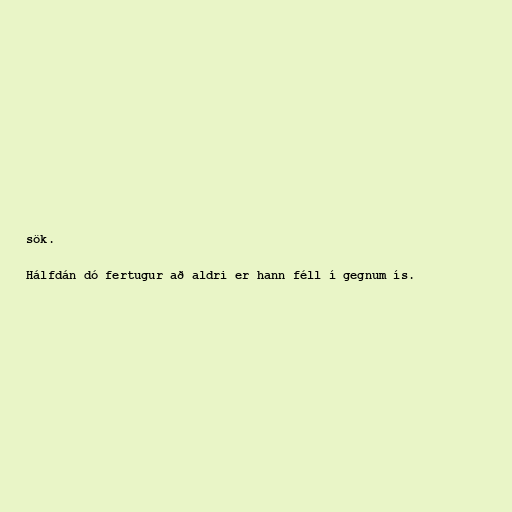
sök.

Hálfdán dó fertugur að aldri er hann féll í gegnum ís.